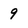
Character: 9